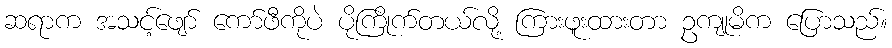
ဆရာက အသင့်ဖျော် ကော်ဖီကိုပဲ ပိုကြိုက်တယ်လို့ ကြားဖူးထားတာ ဥကျုမိက ပြောသည်။